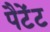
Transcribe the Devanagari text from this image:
पैटेंट